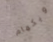
ويكهام